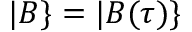
| B \} = | B ( \tau ) \}